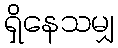
ရှိနေသမျှ